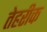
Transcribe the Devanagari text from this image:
तेहरीक